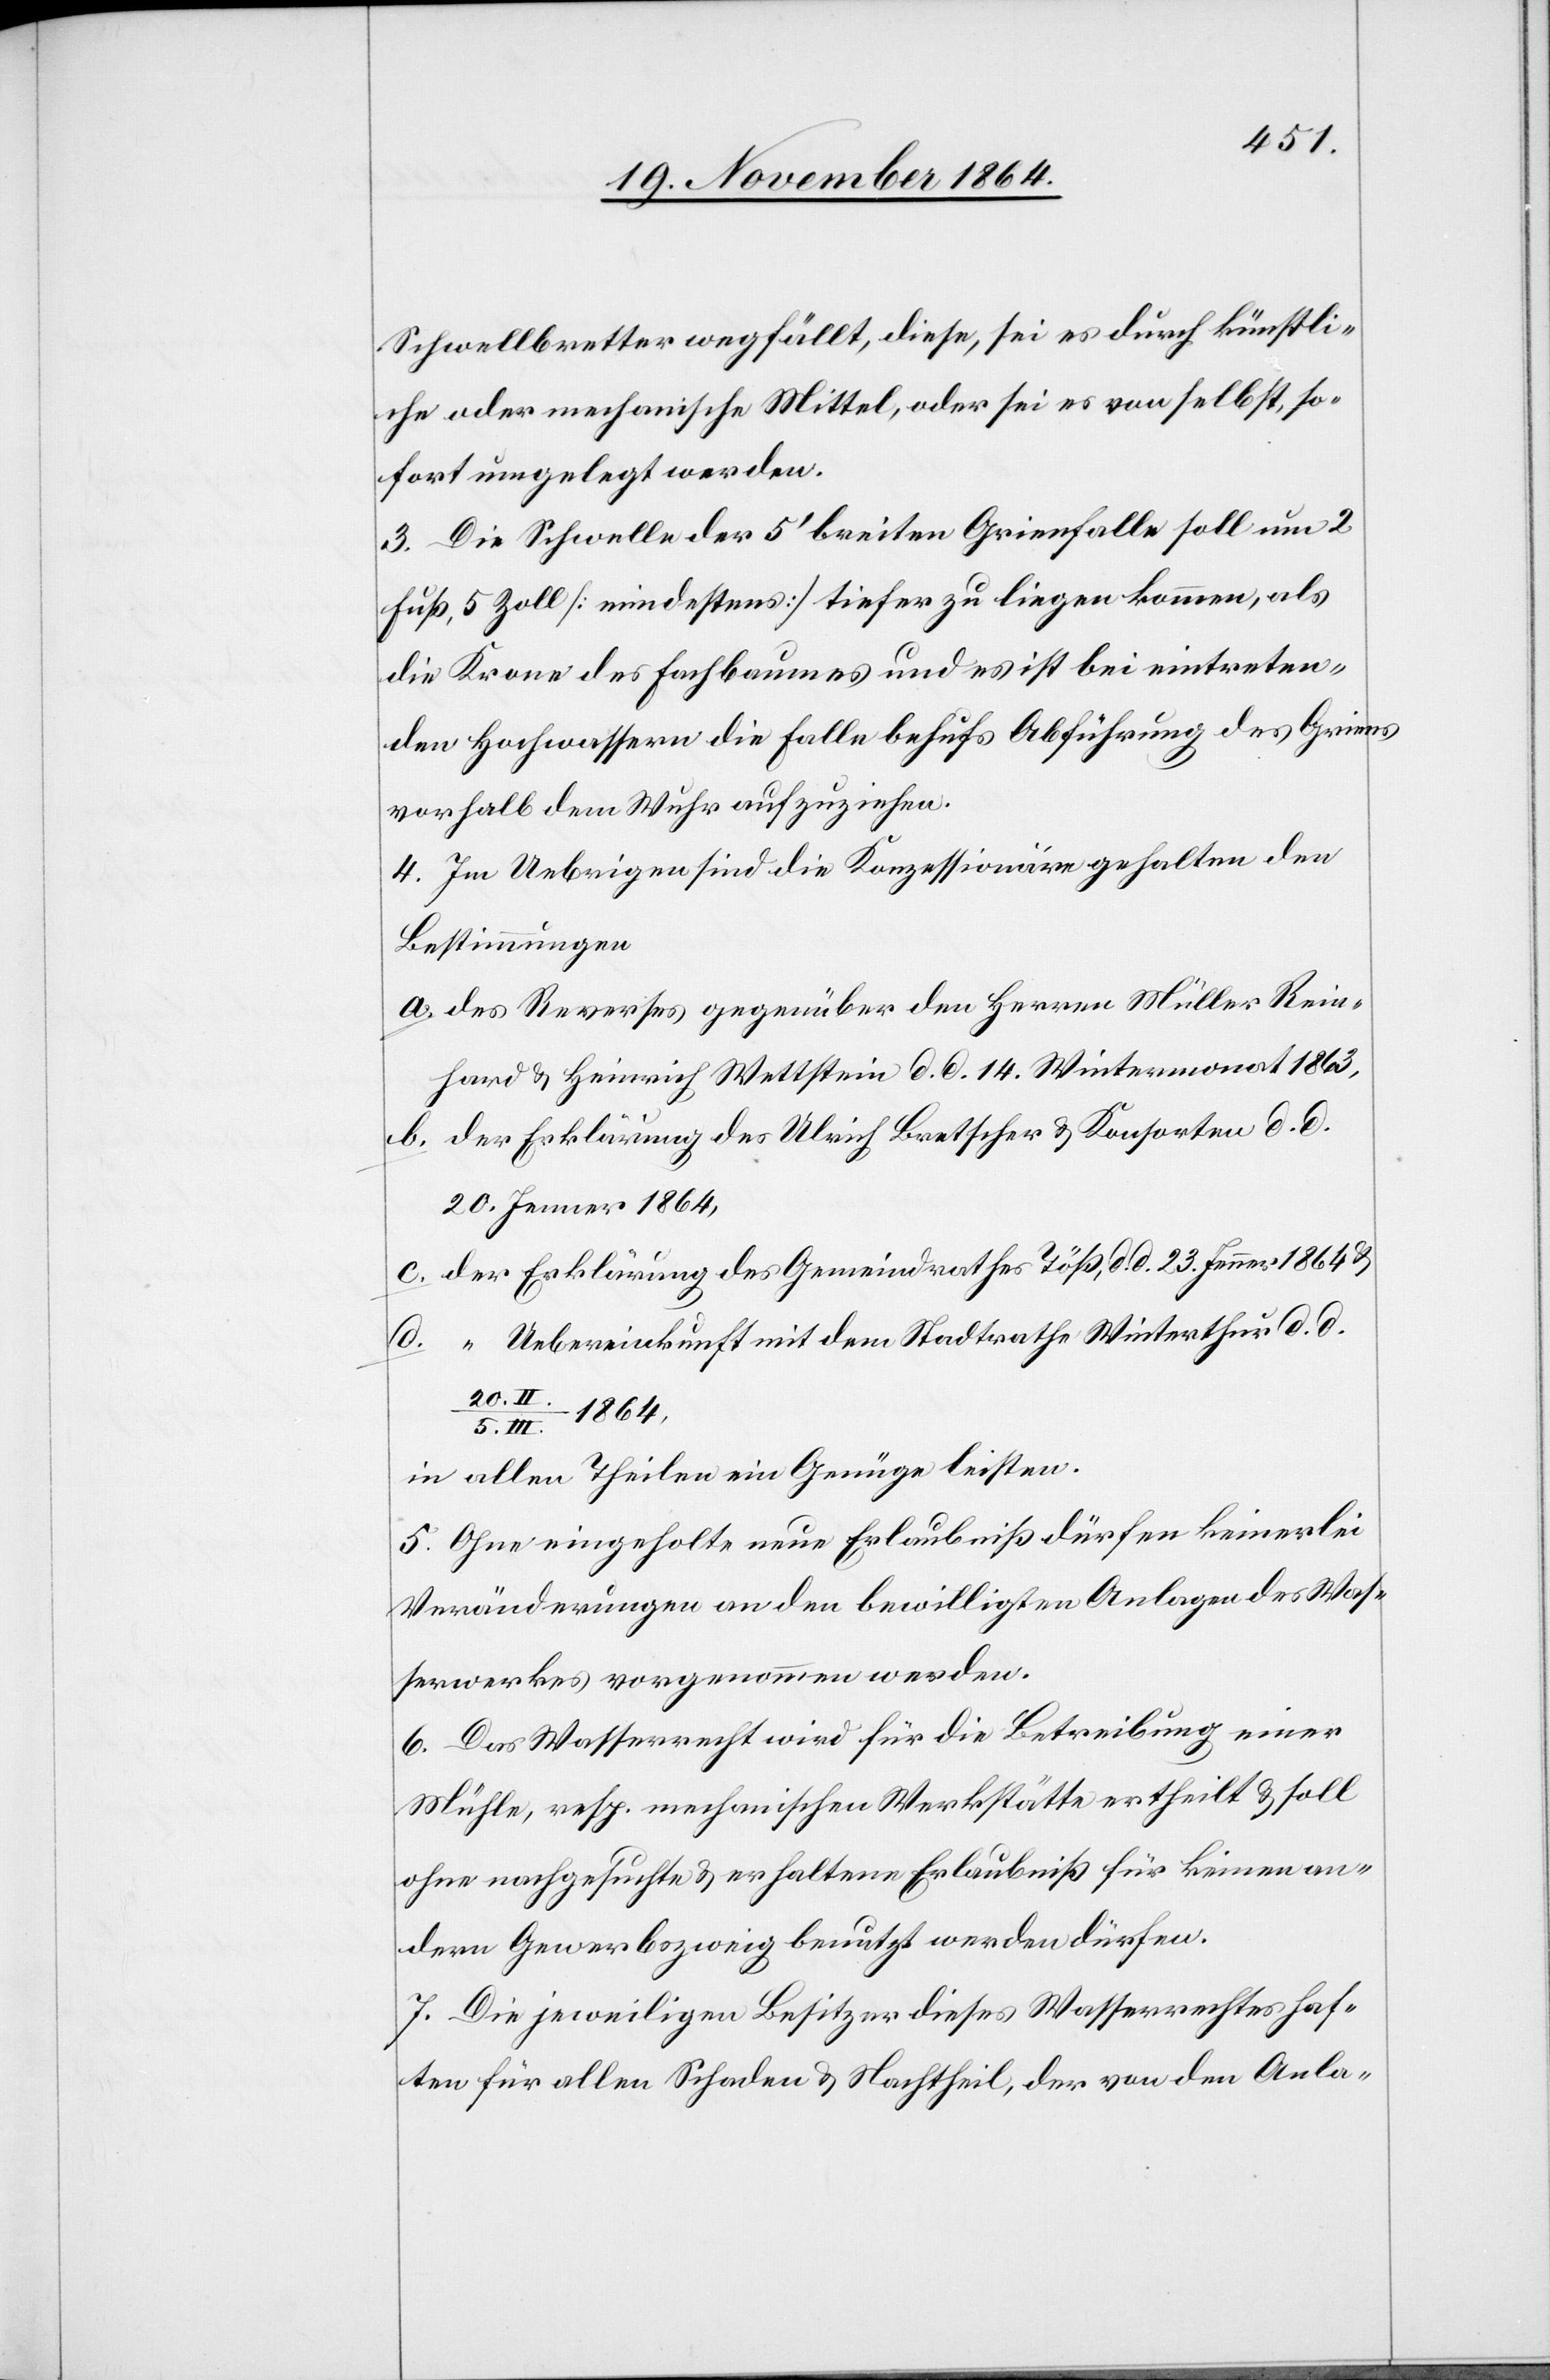
Schwellbretter wegfällt, diese, sei es durch künstli¬
che oder mechanische Mittel, oder sei es von selbst, so¬
fort umgelegt werden.
3. Die Schwelle der 5’ breiten Grienfalle soll um 2
Fuß, 5 Zoll [mindestens] tiefer zu liegen kommen, als
die Krone des Fachbaumes und es ist bei eintreten¬
den Hochwassern die Falle behufs Abführung des Griens
vorhalb dem Wuhr aufzuziehen.
4. Im Uebrigen sind die Konzessionäre gehalten den
Bestimmungen
a. des Reverses gegenüber den Herren Müller Rein¬
hard & Heinrich Wettstein d. d. 14. Wintermonat 1863,
b. der Erklärung des Ulrich Bretscher & Konsorten d. d.
20. Jenner 1863,
c. der Erklärung des Gemeindrathes Töß, d. d. 23. Jenner 1864 &
d. “ Uebereinkunft mit dem Stadtrathe Winterthur d. d.
20. II./5.
1864,
in allen Theilen ein Genüge [zu] leisten.
5. Ohne eingeholte neue Erlaubniß dürfen keinerlei
Veränderungen an den bewilligten Anlagen des Was¬
serwerkes vorgenommen werden.
6. Das Wasserrecht wird für die Betreibung einer
Mühle, resp. mechanischen Werkstätte ertheilt & solle
ohne nachgesuchte & erhaltene Erlaubniß für keinen an¬
dern Gewerbszweig benutzt werden dürfen.
7. Die jeweiligen Besitzer dieses Wasserrechtes haf¬
ten für allen Schaden & Nachtheil, der[,] von den Anla-